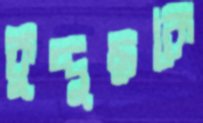
কুদ্দুছকে